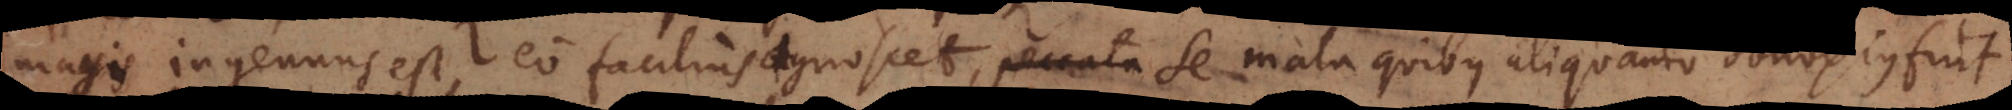
magis ingenuus est, eo facilius agnoscet, se mala quibus aliquando obnoxius f